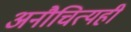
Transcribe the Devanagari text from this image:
अनौचित्यही